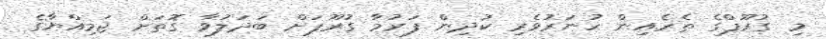
މި ގުރޫޕްގެ ތެރެއިން ހުނަރުވެރި ކުދިން ފަރުމާ ގުރޫޕަށް ބަދަލުވާ ގޮތަށް ޖަމިއްޔާގެ